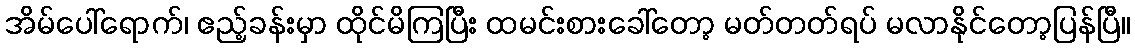
အိမ်ပေါ်ရောက်၊ ဧည့်ခန်းမှာ ထိုင်မိကြပြီး ထမင်းစားခေါ်တော့ မတ်တတ်ရပ် မလာနိုင်တော့ပြန်ပြီ။